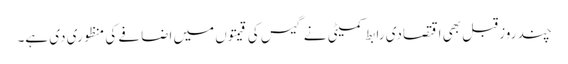
چند روز قبل بھی اقتصادی رابط کمیٹی نے گیس کی قیمتوں میں اضافے کی منظوری دی ہے۔